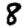
Digit: 8